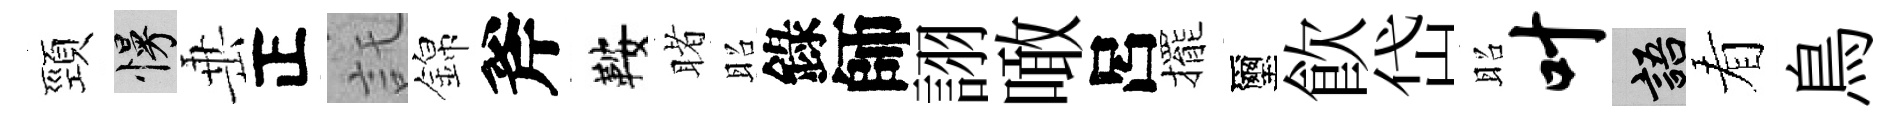
頸慢𡸁正託錦斧鞍睹昭錄師詡噉呂擺璽飮岱昭叶語看鳥